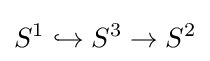
S^{1}\hookrightarrow S^{3}\rightarrow S^{2}